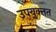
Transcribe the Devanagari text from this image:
उपयुक्तत